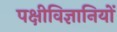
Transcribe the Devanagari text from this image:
पक्षीविज्ञानियों